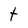
Character: t